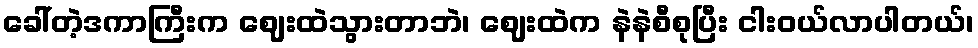
ခေါ်တဲ့ဒကာကြီးက ဈေးထဲသွားတာဘဲ၊ ဈေးထဲက နဲနဲစီစုပြီး ငါးဝယ်လာပါတယ်၊